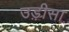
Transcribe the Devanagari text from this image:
उड़़ीसा